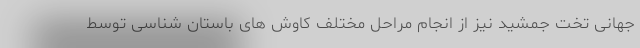
جهانی تخت جمشید نیز از انجام مراحل مختلف کاوش های باستان شناسی توسط